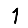
Digit: 1